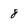
Character: 8